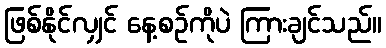
ဖြစ်နိုင်လျှင် နေ့စဉ်ကိုပဲ ကြားချင်သည်။